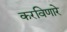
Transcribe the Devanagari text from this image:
करविणारे